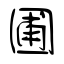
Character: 圃